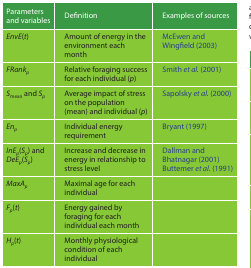
<table><thead><tr><td><b>Parameters and variables</b></td><td><b>Definition</b></td><td><b>Examples of sources</b></td></tr></thead><tbody><tr><td><i>EnvE</i>(<i>t</i>)</td><td>Amount of energy in the environment each month</td><td>McEwen and Wingfield (2003)</td></tr><tr><td><i>FRank</i><sub><i>p</i></sub></td><td>Relative foraging success for each individual (<i>p</i>)</td><td>Smith <i>et al.</i> (2001)</td></tr><tr><td><i>S</i><sub>mean</sub> and <i>S</i><sub><i>p</i></sub></td><td>Average impact of stress on the population (mean) and individual (<i>p</i>)</td><td>Sapolsky <i>et al.</i> (2000)</td></tr><tr><td><i>En</i><sub><i>p</i></sub></td><td>Individual energy requirement</td><td>Bryant (1997)</td></tr><tr><td><i>InE</i><sub><i>p</i></sub>(<i>S</i><sub><i>p</i></sub>) and <i>DeE</i><sub><i>p</i></sub>(<i>S</i><sub><i>p</i></sub>)</td><td>Increase and decrease in energy in relationship to stress level</td><td>Dallman and Bhatnagar (2001)Buttemer <i>et al.</i> (1991)</td></tr><tr><td><i>MaxA</i><sub><i>p</i></sub></td><td>Maximal age for each individual</td><td></td></tr><tr><td><i>F</i><sub><i>p</i></sub>(<i>t</i>)</td><td>Energy gained by foraging for each individual each month</td><td></td></tr><tr><td><i>H</i><sub><i>p</i></sub>(<i>t</i>)</td><td>Monthly physiological condition of each individual</td><td></td></tr></tbody></table>